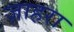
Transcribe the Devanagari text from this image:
ज़ाहरा